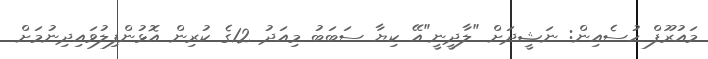
މައުރޫފް ހުސެއިން: ނަޝީދަށް "ލާދީނީ"އޭ ކިޔާ ސަބަބު މިއަދު 12ގެ ކުރިން އޮޅުންފިލުވައިދިނުމަށް